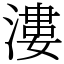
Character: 漊